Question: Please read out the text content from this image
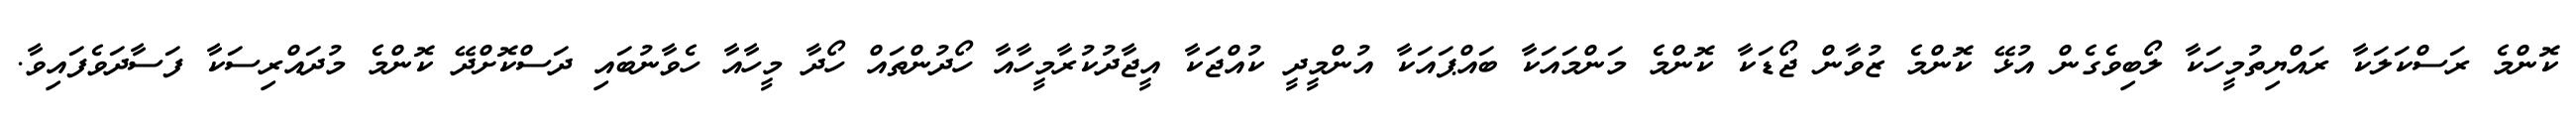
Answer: ކޮންމެ ރަސްކަލަކާ ރައްޔިތުމީހަކާ ލޯބިވެގެން އުޅޭ ކޮންމެ ޒުވާން ޖޯޑަކާ ކޮންމެ މަންމައަކާ ބައްޕައަކާ އުންމީދީ ކުއްޖަކާ އީޖާދުކުރާމީހާއާ ހޯދުންތައް ހޯދާ މީހާއާ ހެވާނުބައި ދަސްކޮށްދޭ ކޮންމެ މުދައްރިސަކާ ފަސާދަވެފައިވާ.